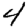
Digit: 4